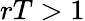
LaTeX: rT>1